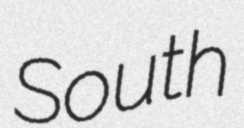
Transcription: South